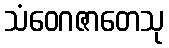
သံဝေဂဇာတေသု